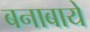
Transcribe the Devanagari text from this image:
बनाबाये